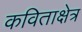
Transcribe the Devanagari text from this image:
कविताक्षेत्र